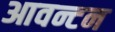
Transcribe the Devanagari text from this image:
आवन्टन